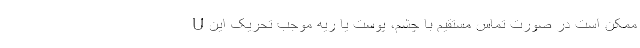
U ممکن است در صورت تماس مستقیم با چشم، پوست یا ریه موجب تحریک این